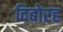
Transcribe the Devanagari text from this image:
दिबोरह